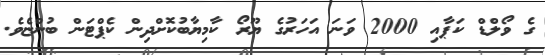
ގެ ވޯލްޑް ކަޕާއި 2000 ވަނަ އަހަރުގެ ޔޫރޯ ކާމިޔާބުކޮށްދިން ކެޕްޓަން ބުންޏެވެ.